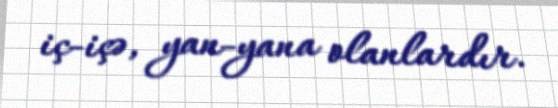
iç-içə, yan-yana olanlardır.